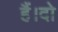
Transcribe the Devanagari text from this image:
हैं।दो